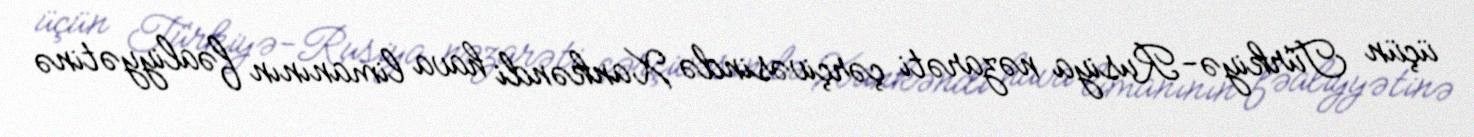
üçün Türkiyə-Rusiya nəzarəti çərçivəsində Xankəndi hava limanının fəaliyyətinə